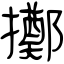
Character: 擲